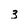
Character: 3